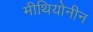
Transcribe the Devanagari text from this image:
मीथियोनीन